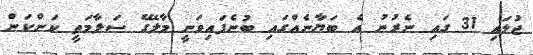
ޖުލައި 31 ގައި ނެރުނު އެ ބަޔާނެއްގައި ބުނެފައިވަނީ މާލޭގެ ސަލާމަތީ ކަންކަން